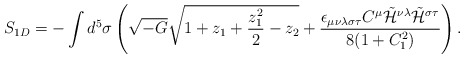
\begin{align*}S_{1D} = - \int d^5 \sigma \left(\sqrt{-G}\sqrt{1+z_1+\frac{z_1^2}{2}-z_2}+\frac{\epsilon_{\mu\nu\lambda\sigma\tau}C^{\mu}\tilde{{\cal H}}^{\nu\lambda}\tilde{{\cal H}}^{\sigma\tau}}{8(1+C_1^2)}\right).\end{align*}